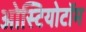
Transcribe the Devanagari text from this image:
ओस्टियोटॉम